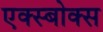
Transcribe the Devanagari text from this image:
एक्स्बोक्स